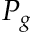
P _ { g }